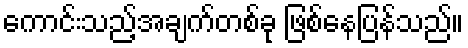
ကောင်းသည့်အချက်တစ်ခု ဖြစ်နေပြန်သည်။